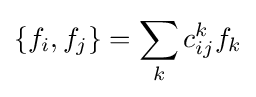
\{f_{i},f_{j}\}=\sum _{k}c_{ij}^{k}f_{k}